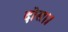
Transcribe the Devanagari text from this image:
दोस।।